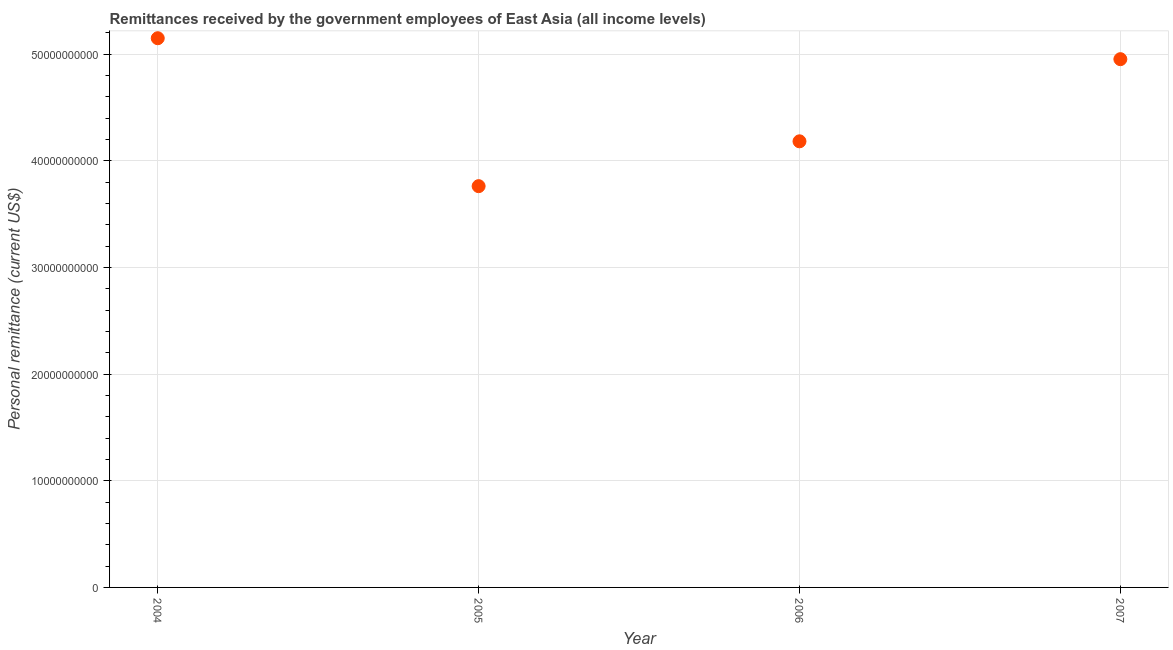
| Year | Personal remittances |
 | --- | --- |
 | 2004 | 5.15e+10 |
 | 2005 | 3.76e+10 |
 | 2006 | 4.18e+10 |
 | 2007 | 4.95e+10 |